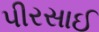
પીરસાઈ